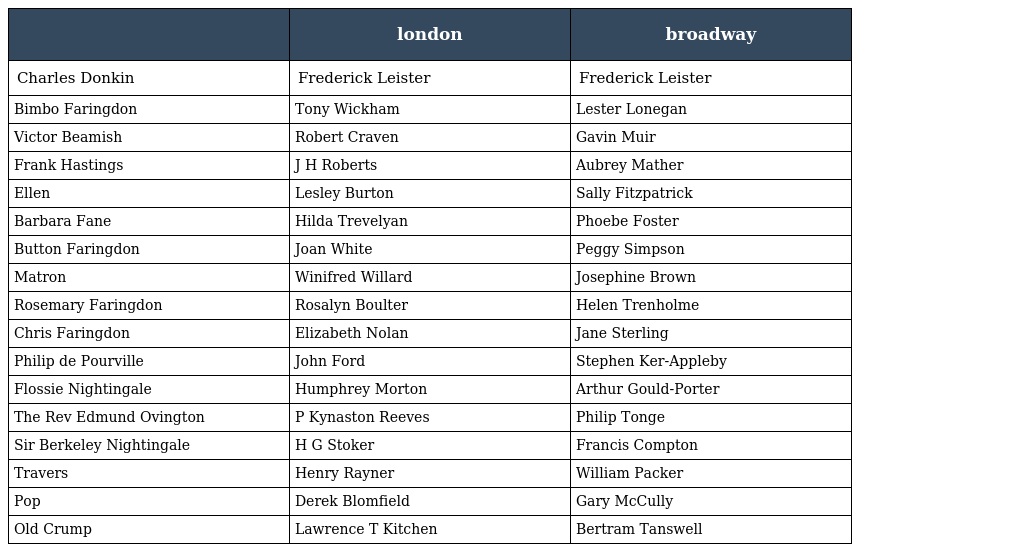
|  | london | broadway |
 | --- | --- | --- |
 | Charles Donkin | Frederick Leister | Frederick Leister |
 | Bimbo Faringdon | Tony Wickham | Lester Lonegan |
 | Victor Beamish | Robert Craven | Gavin Muir |
 | Frank Hastings | J H Roberts | Aubrey Mather |
 | Ellen | Lesley Burton | Sally Fitzpatrick |
 | Barbara Fane | Hilda Trevelyan | Phoebe Foster |
 | Button Faringdon | Joan White | Peggy Simpson |
 | Matron | Winifred Willard | Josephine Brown |
 | Rosemary Faringdon | Rosalyn Boulter | Helen Trenholme |
 | Chris Faringdon | Elizabeth Nolan | Jane Sterling |
 | Philip de Pourville | John Ford | Stephen Ker-Appleby |
 | Flossie Nightingale | Humphrey Morton | Arthur Gould-Porter |
 | The Rev Edmund Ovington | P Kynaston Reeves | Philip Tonge |
 | Sir Berkeley Nightingale | H G Stoker | Francis Compton |
 | Travers | Henry Rayner | William Packer |
 | Pop | Derek Blomfield | Gary McCully |
 | Old Crump | Lawrence T Kitchen | Bertram Tanswell |